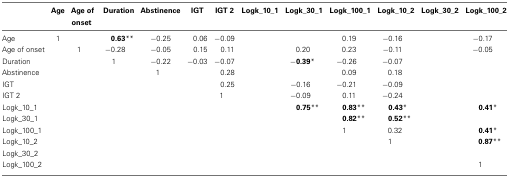
<table><thead><tr><td>[EMPTY_CELL]</td><td><b>Age</b></td><td><b>Age of onset</b></td><td><b>Duration</b></td><td><b>Abstinence</b></td><td><b>IGT</b></td><td><b>IGT 2</b></td><td><b>Logk_10_1</b></td><td><b>Logk_30_1</b></td><td><b>Logk_100_1</b></td><td><b>Logk_10_2</b></td><td><b>Logk_30_2</b></td><td><b>Logk_100_2</b></td></tr></thead><tbody><tr><td>Age</td><td>1</td><td>[EMPTY_CELL]</td><td> <b>0.63</b>**</td><td>−0.25</td><td>0.06</td><td>−0.09</td><td>[EMPTY_CELL]</td><td>[EMPTY_CELL]</td><td>0.19</td><td>−0.16 </td><td>[EMPTY_CELL]</td><td>−0.17 </td></tr><tr><td>Age of onset</td><td>[EMPTY_CELL]</td><td>1</td><td>−0.28 </td><td>−0.05</td><td>0.15</td><td>0.11</td><td>[EMPTY_CELL]</td><td>0.20</td><td>0.23</td><td>−0.11 </td><td>[EMPTY_CELL]</td><td>−0.05 </td></tr><tr><td>Duration</td><td>[EMPTY_CELL]</td><td>[EMPTY_CELL]</td><td>1</td><td>−0.22</td><td>−0.03</td><td>−0.07</td><td>[EMPTY_CELL]</td><td>−<b>0.39</b>* </td><td>−0.26 </td><td>−0.07 </td><td>[EMPTY_CELL]</td><td>[EMPTY_CELL]</td></tr><tr><td>Abstinence</td><td>[EMPTY_CELL]</td><td>[EMPTY_CELL]</td><td>[EMPTY_CELL]</td><td>1</td><td>[EMPTY_CELL]</td><td>0.28</td><td>[EMPTY_CELL]</td><td>[EMPTY_CELL]</td><td>0.09</td><td>0.18</td><td>[EMPTY_CELL]</td><td>[EMPTY_CELL]</td></tr><tr><td>IGT</td><td>[EMPTY_CELL]</td><td>[EMPTY_CELL]</td><td>[EMPTY_CELL]</td><td>[EMPTY_CELL]</td><td>[EMPTY_CELL]</td><td>0.25</td><td>[EMPTY_CELL]</td><td>−0.16 </td><td>−0.21 </td><td>−0.09 </td><td>[EMPTY_CELL]</td><td>[EMPTY_CELL]</td></tr><tr><td>IGT 2</td><td>[EMPTY_CELL]</td><td>[EMPTY_CELL]</td><td>[EMPTY_CELL]</td><td>[EMPTY_CELL]</td><td>[EMPTY_CELL]</td><td>1</td><td>[EMPTY_CELL]</td><td>−0.09 </td><td>0.11</td><td>−0.24 </td><td>[EMPTY_CELL]</td><td>[EMPTY_CELL]</td></tr><tr><td>Logk_10_1</td><td>[EMPTY_CELL]</td><td>[EMPTY_CELL]</td><td>[EMPTY_CELL]</td><td>[EMPTY_CELL]</td><td>[EMPTY_CELL]</td><td>[EMPTY_CELL]</td><td>[EMPTY_CELL]</td><td> <b>0.75</b>**</td><td> <b>0.83</b>**</td><td> <b>0.43</b>*</td><td>[EMPTY_CELL]</td><td> <b>0.41</b>*</td></tr><tr><td>Logk_30_1</td><td>[EMPTY_CELL]</td><td>[EMPTY_CELL]</td><td>[EMPTY_CELL]</td><td>[EMPTY_CELL]</td><td>[EMPTY_CELL]</td><td>[EMPTY_CELL]</td><td>[EMPTY_CELL]</td><td>[EMPTY_CELL]</td><td> <b>0.82</b>**</td><td> <b>0.52</b>**</td><td>[EMPTY_CELL]</td><td>[EMPTY_CELL]</td></tr><tr><td>Logk_100_1</td><td>[EMPTY_CELL]</td><td>[EMPTY_CELL]</td><td>[EMPTY_CELL]</td><td>[EMPTY_CELL]</td><td>[EMPTY_CELL]</td><td>[EMPTY_CELL]</td><td>[EMPTY_CELL]</td><td>[EMPTY_CELL]</td><td>1</td><td>0.32</td><td>[EMPTY_CELL]</td><td> <b>0.41</b>*</td></tr><tr><td>Logk_10_2</td><td>[EMPTY_CELL]</td><td>[EMPTY_CELL]</td><td>[EMPTY_CELL]</td><td>[EMPTY_CELL]</td><td>[EMPTY_CELL]</td><td>[EMPTY_CELL]</td><td>[EMPTY_CELL]</td><td>[EMPTY_CELL]</td><td>[EMPTY_CELL]</td><td>1</td><td>[EMPTY_CELL]</td><td> <b>0.87</b>**</td></tr><tr><td>Logk_30_2</td><td>[EMPTY_CELL]</td><td>[EMPTY_CELL]</td><td>[EMPTY_CELL]</td><td>[EMPTY_CELL]</td><td>[EMPTY_CELL]</td><td>[EMPTY_CELL]</td><td>[EMPTY_CELL]</td><td>[EMPTY_CELL]</td><td>[EMPTY_CELL]</td><td>[EMPTY_CELL]</td><td>[EMPTY_CELL]</td><td>[EMPTY_CELL]</td></tr><tr><td>Logk_100_2</td><td>[EMPTY_CELL]</td><td>[EMPTY_CELL]</td><td>[EMPTY_CELL]</td><td>[EMPTY_CELL]</td><td>[EMPTY_CELL]</td><td>[EMPTY_CELL]</td><td>[EMPTY_CELL]</td><td>[EMPTY_CELL]</td><td>[EMPTY_CELL]</td><td>[EMPTY_CELL]</td><td>[EMPTY_CELL]</td><td>1</td></tr></tbody></table>